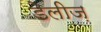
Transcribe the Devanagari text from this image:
डेलीज़